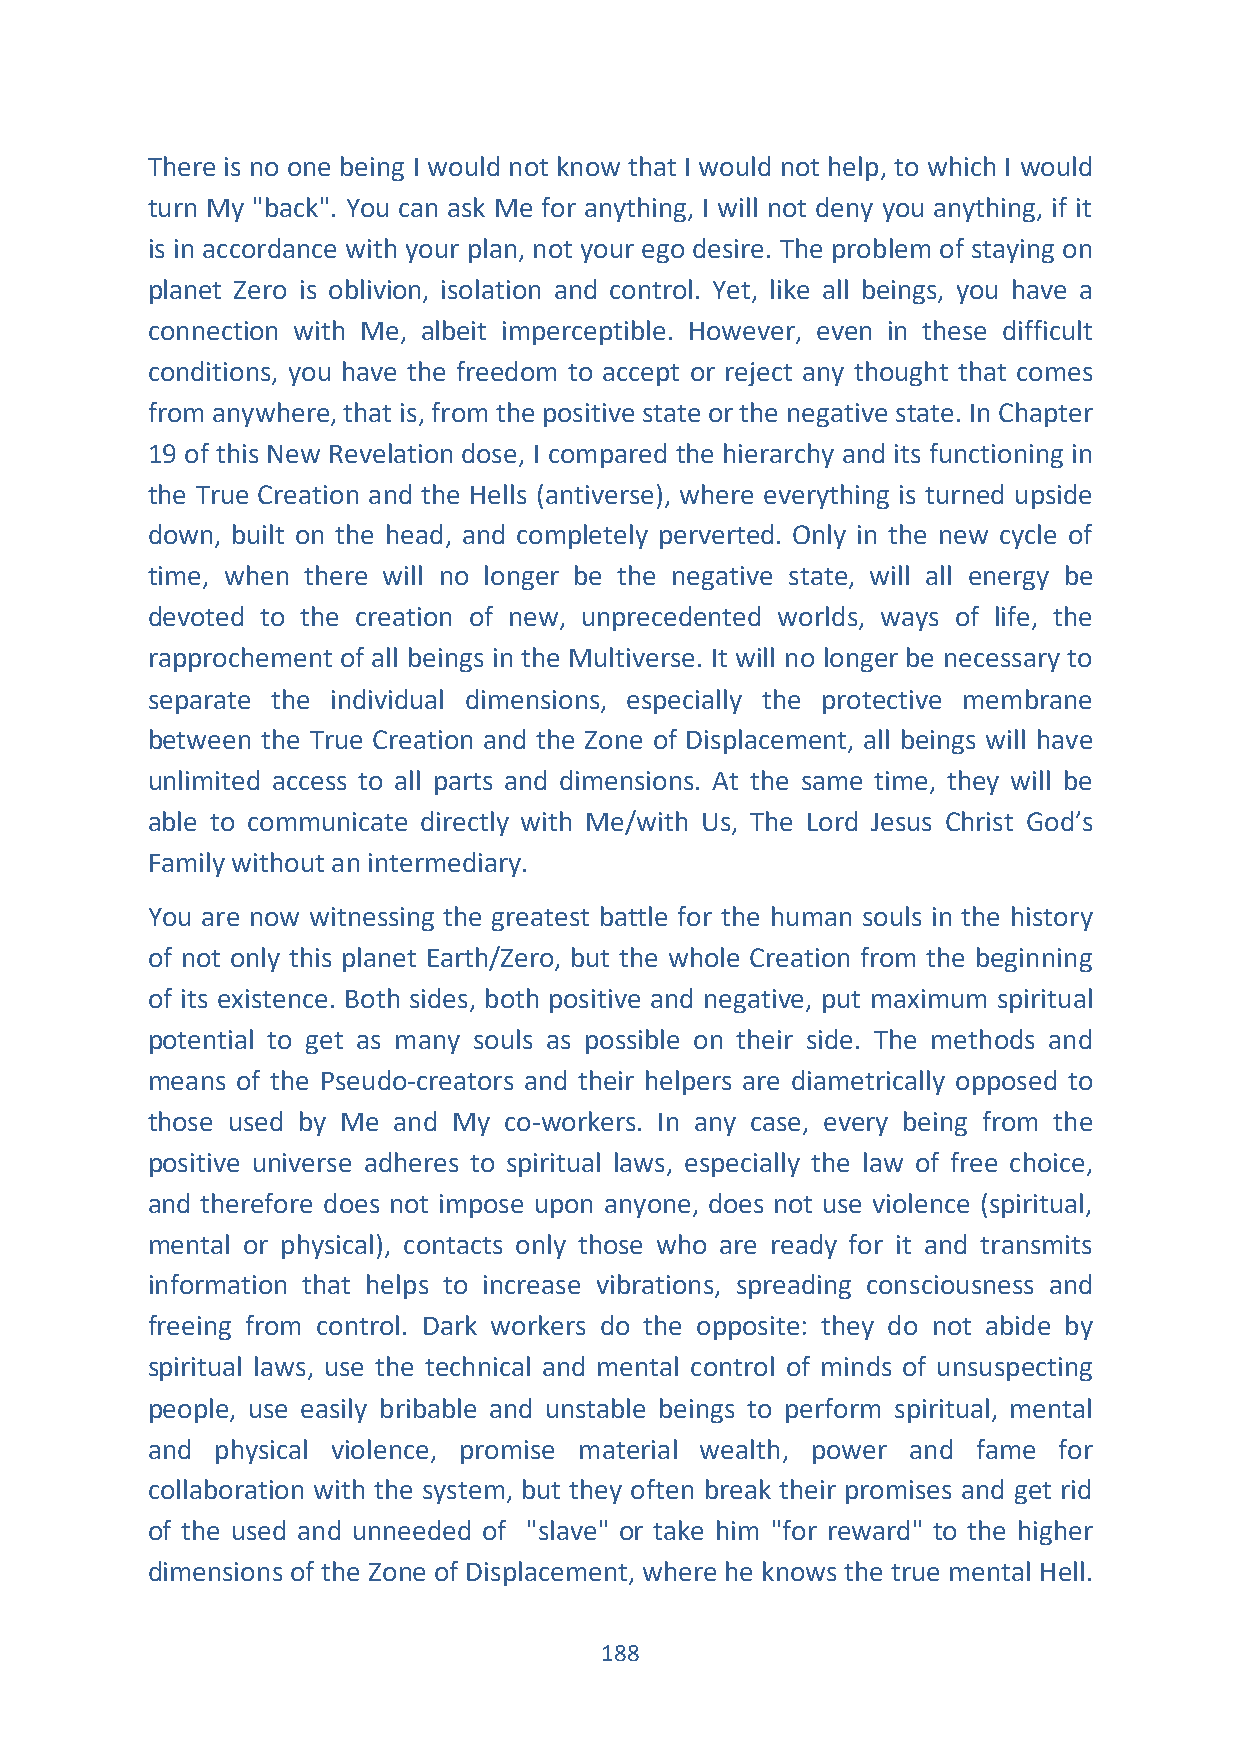
There is no one being I would not know that I would not help, to which I would
 turn My "back". You can ask Me for anything, I will not deny you anything, if it
 is in accordance with your plan, not your ego desire. The problem of staying on
 planet Zero is oblivion, isolation and control. Yet, like all beings, you have a
 connection with Me, albeit imperceptible. However, even in these difficult
 conditions, you have the freedom to accept or reject any thought that comes
 from anywhere, that is, from the positive state or the negative state. In Chapter
 19 of this New Revelation dose, I compared the hierarchy and its functioning in
 the True Creation and the Hells (antiverse), where everything is turned upside
 down, built on the head, and completely perverted. Only in the new cycle of
 time, when there will no longer be the negative state, will all energy be
 devoted to the creation of new, unprecedented worlds, ways of life, the
 rapprochement of all beings in the Multiverse. It will no longer be necessary to
 separate the individual dimensions, especially the protective membrane
 between the True Creation and the Zone of Displacement, all beings will have
 unlimited access to all parts and dimensions. At the same time, they will be
 able to communicate directly with Me/with Us, The Lord Jesus Christ God’s
 Family without an intermediary.
 You are now witnessing the greatest battle for the human souls in the history
 of not only this planet Earth/Zero, but the whole Creation from the beginning
 of its existence. Both sides, both positive and negative, put maximum spiritual
 potential to get as many souls as possible on their side. The methods and
 means of the Pseudo-creators and their helpers are diametrically opposed to
 those used by Me and My co-workers. In any case, every being from the
 positive universe adheres to spiritual laws, especially the law of free choice,
 and therefore does not impose upon anyone, does not use violence (spiritual,
 mental or physical), contacts only those who are ready for it and transmits
 information that helps to increase vibrations, spreading consciousness and
 freeing from control. Dark workers do the opposite: they do not abide by
 spiritual laws, use the technical and mental control of minds of unsuspecting
 people, use easily bribable and unstable beings to perform spiritual, mental
 and physical violence, promise material wealth, power and fame for
 collaboration with the system, but they often break their promises and get rid
 of the used and unneeded of "slave" or take him "for reward" to the higher
 dimensions of the Zone of Displacement, where he knows the true mental Hell.
 188